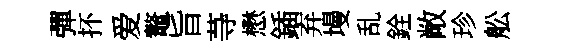
彈抔爱鼇旨䒭懋鍤弃墁乱銓敞珍舩